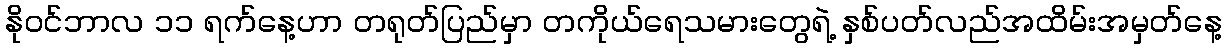
နိုဝင်ဘာလ ၁၁ ရက်နေ့ဟာ တရုတ်ပြည်မှာ တကိုယ်ရေသမားတွေရဲ့ နှစ်ပတ်လည်အထိမ်းအမှတ်နေ့